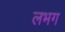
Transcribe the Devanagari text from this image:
लभग